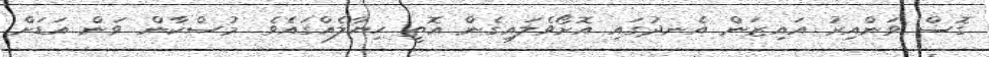
ގޮސް ވަންއިރު އައިޒަން އެނދުގައި އޮށޯވެލައިގެން އޮތީ ހިޔާލެއްގައެވެ. މުސްކާން ވަން އަޑަށް